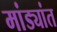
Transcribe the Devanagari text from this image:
मांड्यांत